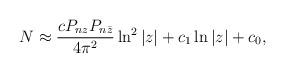
LaTeX: \begin{align*}N \approx \frac{c P_{nz} P_{n\bar z} }{4\pi^2} \ln^2 |z| +c_1 \ln |z| + c_0,\end{align*}